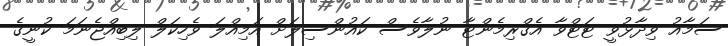
ސަމާއު ވިދާޅުވީ ޓަޓްވާ އެގްރިމެންޓާ ނުލާވެސް ކައުންސިލަށް އަމިއްލަ ވެހިކަލް ލިބިއްޖެނަމަ ކުނީގެ